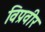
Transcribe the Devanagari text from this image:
विप्रवीर